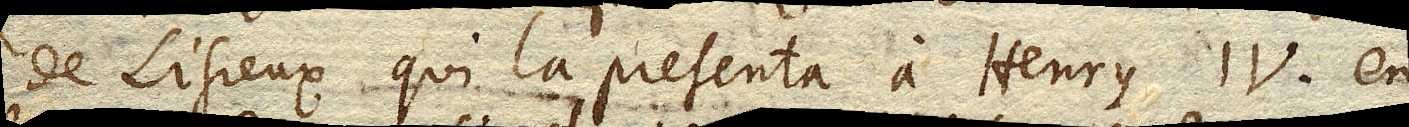
de Lisieux qui la presenta a Henry IV. en